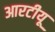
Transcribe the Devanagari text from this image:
आरटीयू